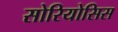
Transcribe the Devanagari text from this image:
सोरियोसिस